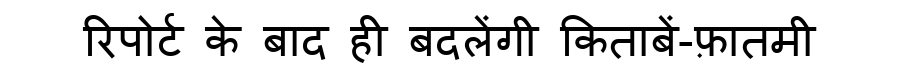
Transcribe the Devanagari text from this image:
रिपोर्ट के बाद ही बदलेंगी किताबें-फ़ातमी